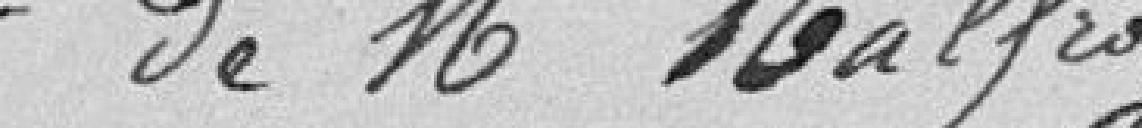
de Mr Malfroy